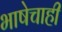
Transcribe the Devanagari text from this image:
भाषेचाही